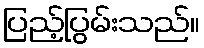
ပြည့်ပြွမ်းသည်။